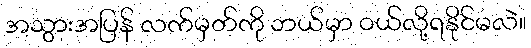
အသွားအပြန် လက်မှတ်ကို ဘယ်မှာ ဝယ်လို့ရနိုင်မလဲ။